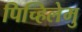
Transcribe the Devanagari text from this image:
पिच्हिलेमु